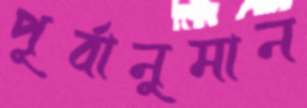
পূর্বানুমান